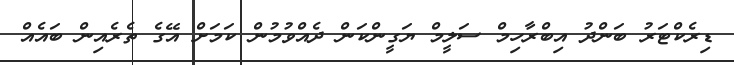
ޑިރެކްޓަރު ބަންދު އިބްރާހިމް ސަލީމް ޔަގީންކަން ދެއްވުމުން ކަމަށް އޭގެ ތެރެއިން ބައެއް